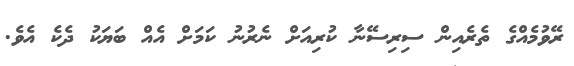
ރޭވުމެއްގެ ތެރެއިން ސިރިސޭނާ ކުރިއަށް ނެރުނު ކަމަށް އެއް ބަޔަކު ދެކެ އެވެ.